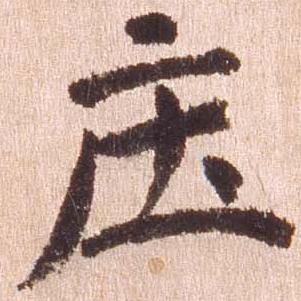
庄